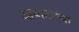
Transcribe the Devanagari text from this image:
आवाडांच्या